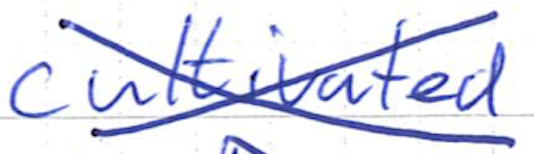
Text: cultivated
Cross-out: cross
Writing tool: ballpoint